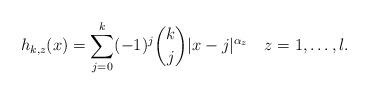
LaTeX: \begin{align*} h_{k, z}(x) = \sum_{j = 0}^k(-1)^j \binom{k}{j} |x - j|^{\alpha_z} \quad z =1, \ldots, l.\end{align*}